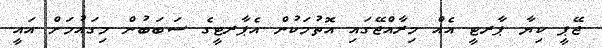
ޖޭޕީ ކިޔާ ޕާރޓީ އެއް މިރާއްޖޭގައި އޮތުމަކުން އެޕާރޓީގެ ސަބަބުން މިގައުމަށް އައީ